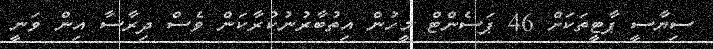
ސިޔާސީ ޕާޓީތަކަށް 46 ޕަސެންޓް މީހުން އިތުބާރުނުކުރާކަން ވެސް ދިރާސާ އިން ވަނީ